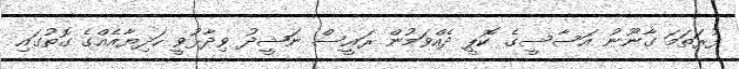
ފުރަތަމަ ގާނޫނު އަސާސީގެ ކޮޕީ ދެއްވަމުން ރައީސް ނަޝީދު ވިދާޅުވީ ހަދިޔާއެއްގެ ގޮތުގައި